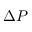
\Delta P